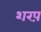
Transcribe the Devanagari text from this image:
शरप़